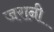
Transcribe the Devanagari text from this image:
जरानी